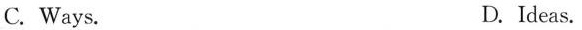
C. Ways. D. Ideas.